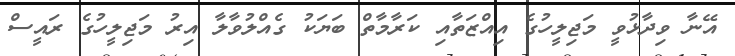
އޭނާ ވިދާޅުވީ މަޖިލީހުގެ އިއްޒަތާއި ކަރާމާތް ބަޔަކު ގެއްލުވާލާ އިރު މަޖިލީހުގެ ރައީސް